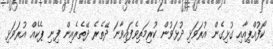
ކޯފުއްޕިއާއި ގުޅިގެން އުރަވަޅި ދުޅަވުން ކުރިމަތިވެފައިވާނަ ދޭތެރެ ދޭތެރެއިން ފިނި ޕެކެއް އުރަވަޅި